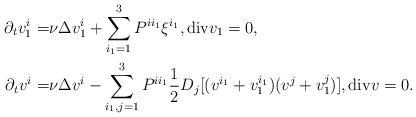
LaTeX: \begin{align*}\aligned\partial_t v_1^i=&\nu \Delta v_1^{i}+\sum_{i_1=1}^3P^{ii_1}\xi^{i_1},\textrm{div} v_1=0,\\\partial_t v^i=&\nu \Delta v^{i}-\sum_{i_1,j=1}^3P^{ii_1}\frac{1}{2}D_j [(v^{i_1}+v_1^{i_1}) (v^j+v_1^j)],\textrm{div} v=0.\endaligned\end{align*}